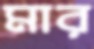
মার